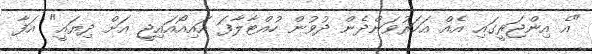
"އެ އިންޖަރީގައި އެއް އަހަރުވަންދެން ދުވުން ހުއްޓާލާފަ އައިއޯއައިޖީ އަށް ދިޔައީ" އަފާ